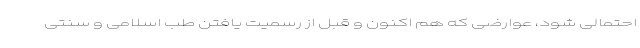
احتمالی شود، عوارضی که هم اکنون و قبل از رسمیت یافتن طب اسلامی و سنتی